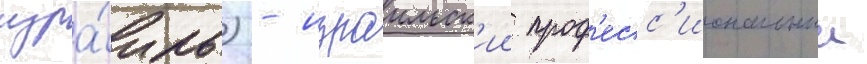
изра́иль) - израильск'ии проф'есс'иональныи